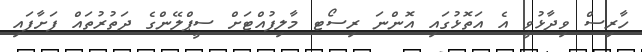
ހާރިސް ވިދާޅުވީ އެ އަތޮޅުގައި އޮންނަ ރިސޯޓ މާލިފުއްޓަށް ސީޕްލޭންގެ ދަތުރުތައް ފަށާފައި